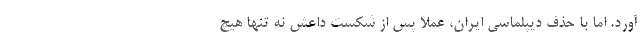
آورد. اما با حذف دیپلماسی ایران، عملا پس از شکست داعش نه تنها هیچ